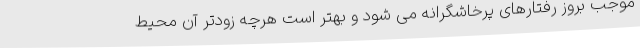
موجب بروز رفتارهای پرخاشگرانه می شود و بهتر است هرچه زودتر آن محیط